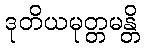
ဒုတိယမုတ္တမန္တိ